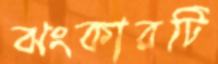
ঝংকারটি